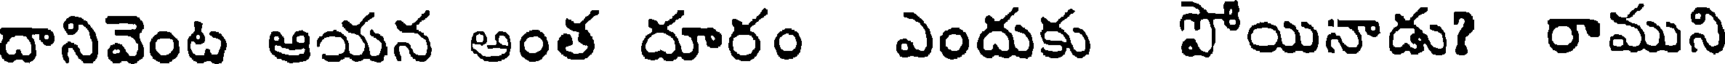
దానివెంట ఆయన అంత దూరం ఎందుకు పోయినాడు? రాముని